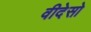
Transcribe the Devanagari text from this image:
वीदेसो